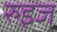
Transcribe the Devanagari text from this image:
रुइज